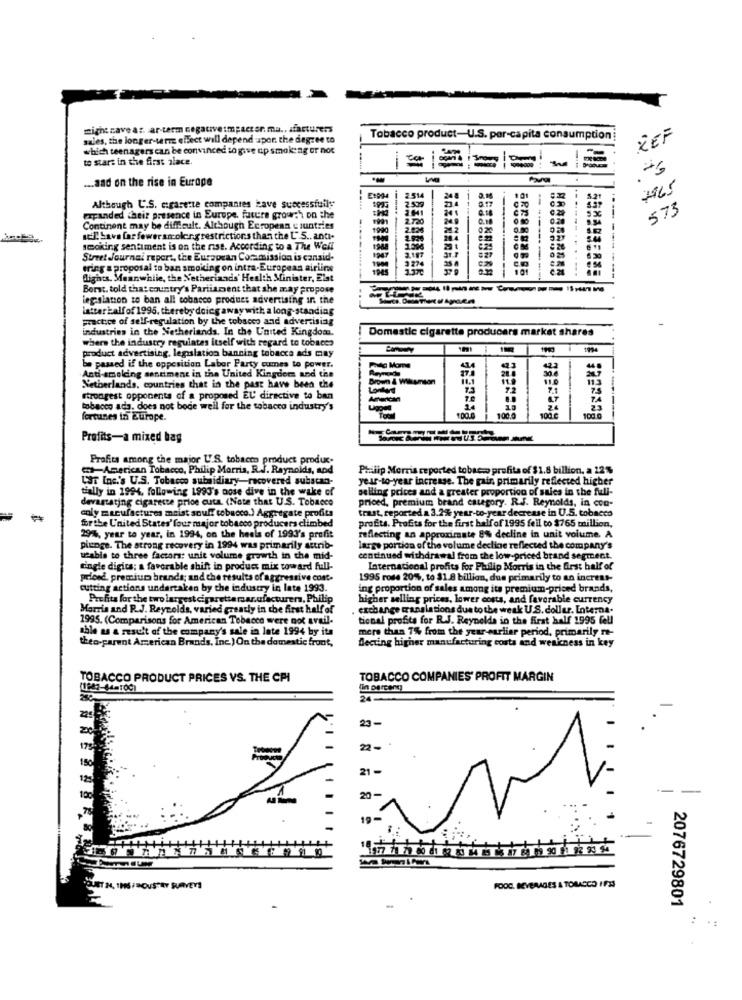
might cave a :. ar-term negativeimpact er. ma .. sfacturers
sales, the longer-term effect will depend upon the degree to
Tobacco product-U.S. per-capita consumption:
REF
which teenagers can be convinced to give up smoke ag or not
to stars in the first place.
---
10
-
... and on the rise in Europe
7965
24
Although C.S. cigarette companies have successfully
573
expanded their presence in Europe, fature grouch on the
Q.
Continent may be difficult. Although Ecropean countries
20
will have far fewer smolen.grestrictions than the U.S .. and.
smoking sentiment is on the rise. According to a The Well
2.197
Street Journal report, the European Commission is cansid-
3 274
ering a proposal to ban smoking on intra-European airiine
-----
flights. Meanwhile, the Netherlands' Health Minister, Elst
----
Borst, told that country's Parliament that she may propose
legsianon to ban all tobacco product advertising in the
latter half of 1995, thereby doing away with a long-standing
practice of self-regulation by the tobacco and advertising
industries in the Netherlands. In the United Kingdom.
Domestic cigarette producers market shares
where the industry requintes itself with regard to tobacco
BUCCEES
product advertising, legislation banning tobacca ads many
be passed if the opposition Labor Party cumes to power.
Moms
Anti-amolding sentiment in the United Kingdom and the
son
Netherlands, countries that in the past have been che
72
7.1
strongest opponents of a proposed EU directive to ben
A.7
tobacco ada, does not bode well for the tobacco industry's
100.C
fortunes in europe.
100.0
Profits-a mixed bag
Profits among the major U.S. tobacen product produc.
American Tobacco, Philip Morris, R.J. Reynolds, and
Philip Morris reported tobaco profits of $1.8 billion, a 22%
L'ST Inc.'s U.S. Tobacco subsidiary-recovered subscan-
year-to-year increase. The pair, primarily reflected higher
tially in 1994, following 1993's nose dive in the wake of
selling prices and a greater proportion of sales in the full-
devastating cigarette price cuta. (Note that U.S. Tobacco
priced, premium brand category. R.J. Reynolds, in con-
trast, reported.a. 3.2% year-to-year decrease in U.S. tobacco
-
coly macufactures meist souff tobacco.) Aggregate profits
forthe United States' four major tobacco producers climbed
profits. Profits for the first halfof 1995 feil to $765 million.
29%, year to year, in 1994, on the heels of 1993's profit
reflecting an approximate 8% decline in unit volume. A
piunge. The strong recovery in 1994 was primarily attrib-
large portion of the volume decline reflected the company's
ueable to three factors: unie volume growth in the mid-
continued withdrawal from the low-priced brand segment.
tingle digits: a favorable shift in product mix toward full-
International profits for Philip Morris in the first half of
price, premium brands; and the results of aggressive cost.
1995 rose 20%, to $1.8 billion, dus primarily to an increns-
cutting actions undertaken by the industry in late 1993.
ing proportion of sales among its premium-priced brands,
Profits for the two largest cigaretta maar.ufacturera. Philip
higher selling prices, lower costs, and favorable currency
Harris and R.J. Reynolds, varied greatly in the first half of
exchange translations due to the weak U.S. dollar. Interna.
1995. (Comparisons for American Tobacco were not avail-
tional profite for R.J. Reynolds in the first half 1995 fell
Chle as a result of the company's sale in late 1994 by its
more than 7% from the year-earlier period, primarily re-
theo-parent American Brands, Inc.) On the domestic front,
Decting higher manufacturing costs and weakness in key
TOBACCO PRODUCT PRICES VS. THE CPI
TOBACCO COMPANIES' PROFIT MARGIN
(1982-04-100)
24-
225
23-
2-
21-
20-
19
OUSTAY SURVEYS
FOOD. BEVERAGES & TOMACCO IFM
2076729801